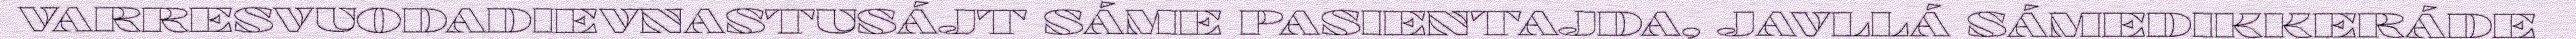
VARRESVUODADIEVNASTUSÁJT SÁME PASIENTAJDA, JAVLLÁ SÁMEDIKKERÁDE